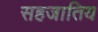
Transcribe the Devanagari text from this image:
सहजातिय